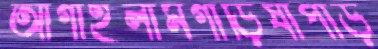
আগাইলামগাড়িষাপাড়